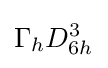
\Gamma _{h}D_{6h}^{3}